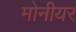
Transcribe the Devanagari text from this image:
मोनीयर